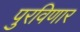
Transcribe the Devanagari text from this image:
पुरविणार